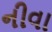
નીવા